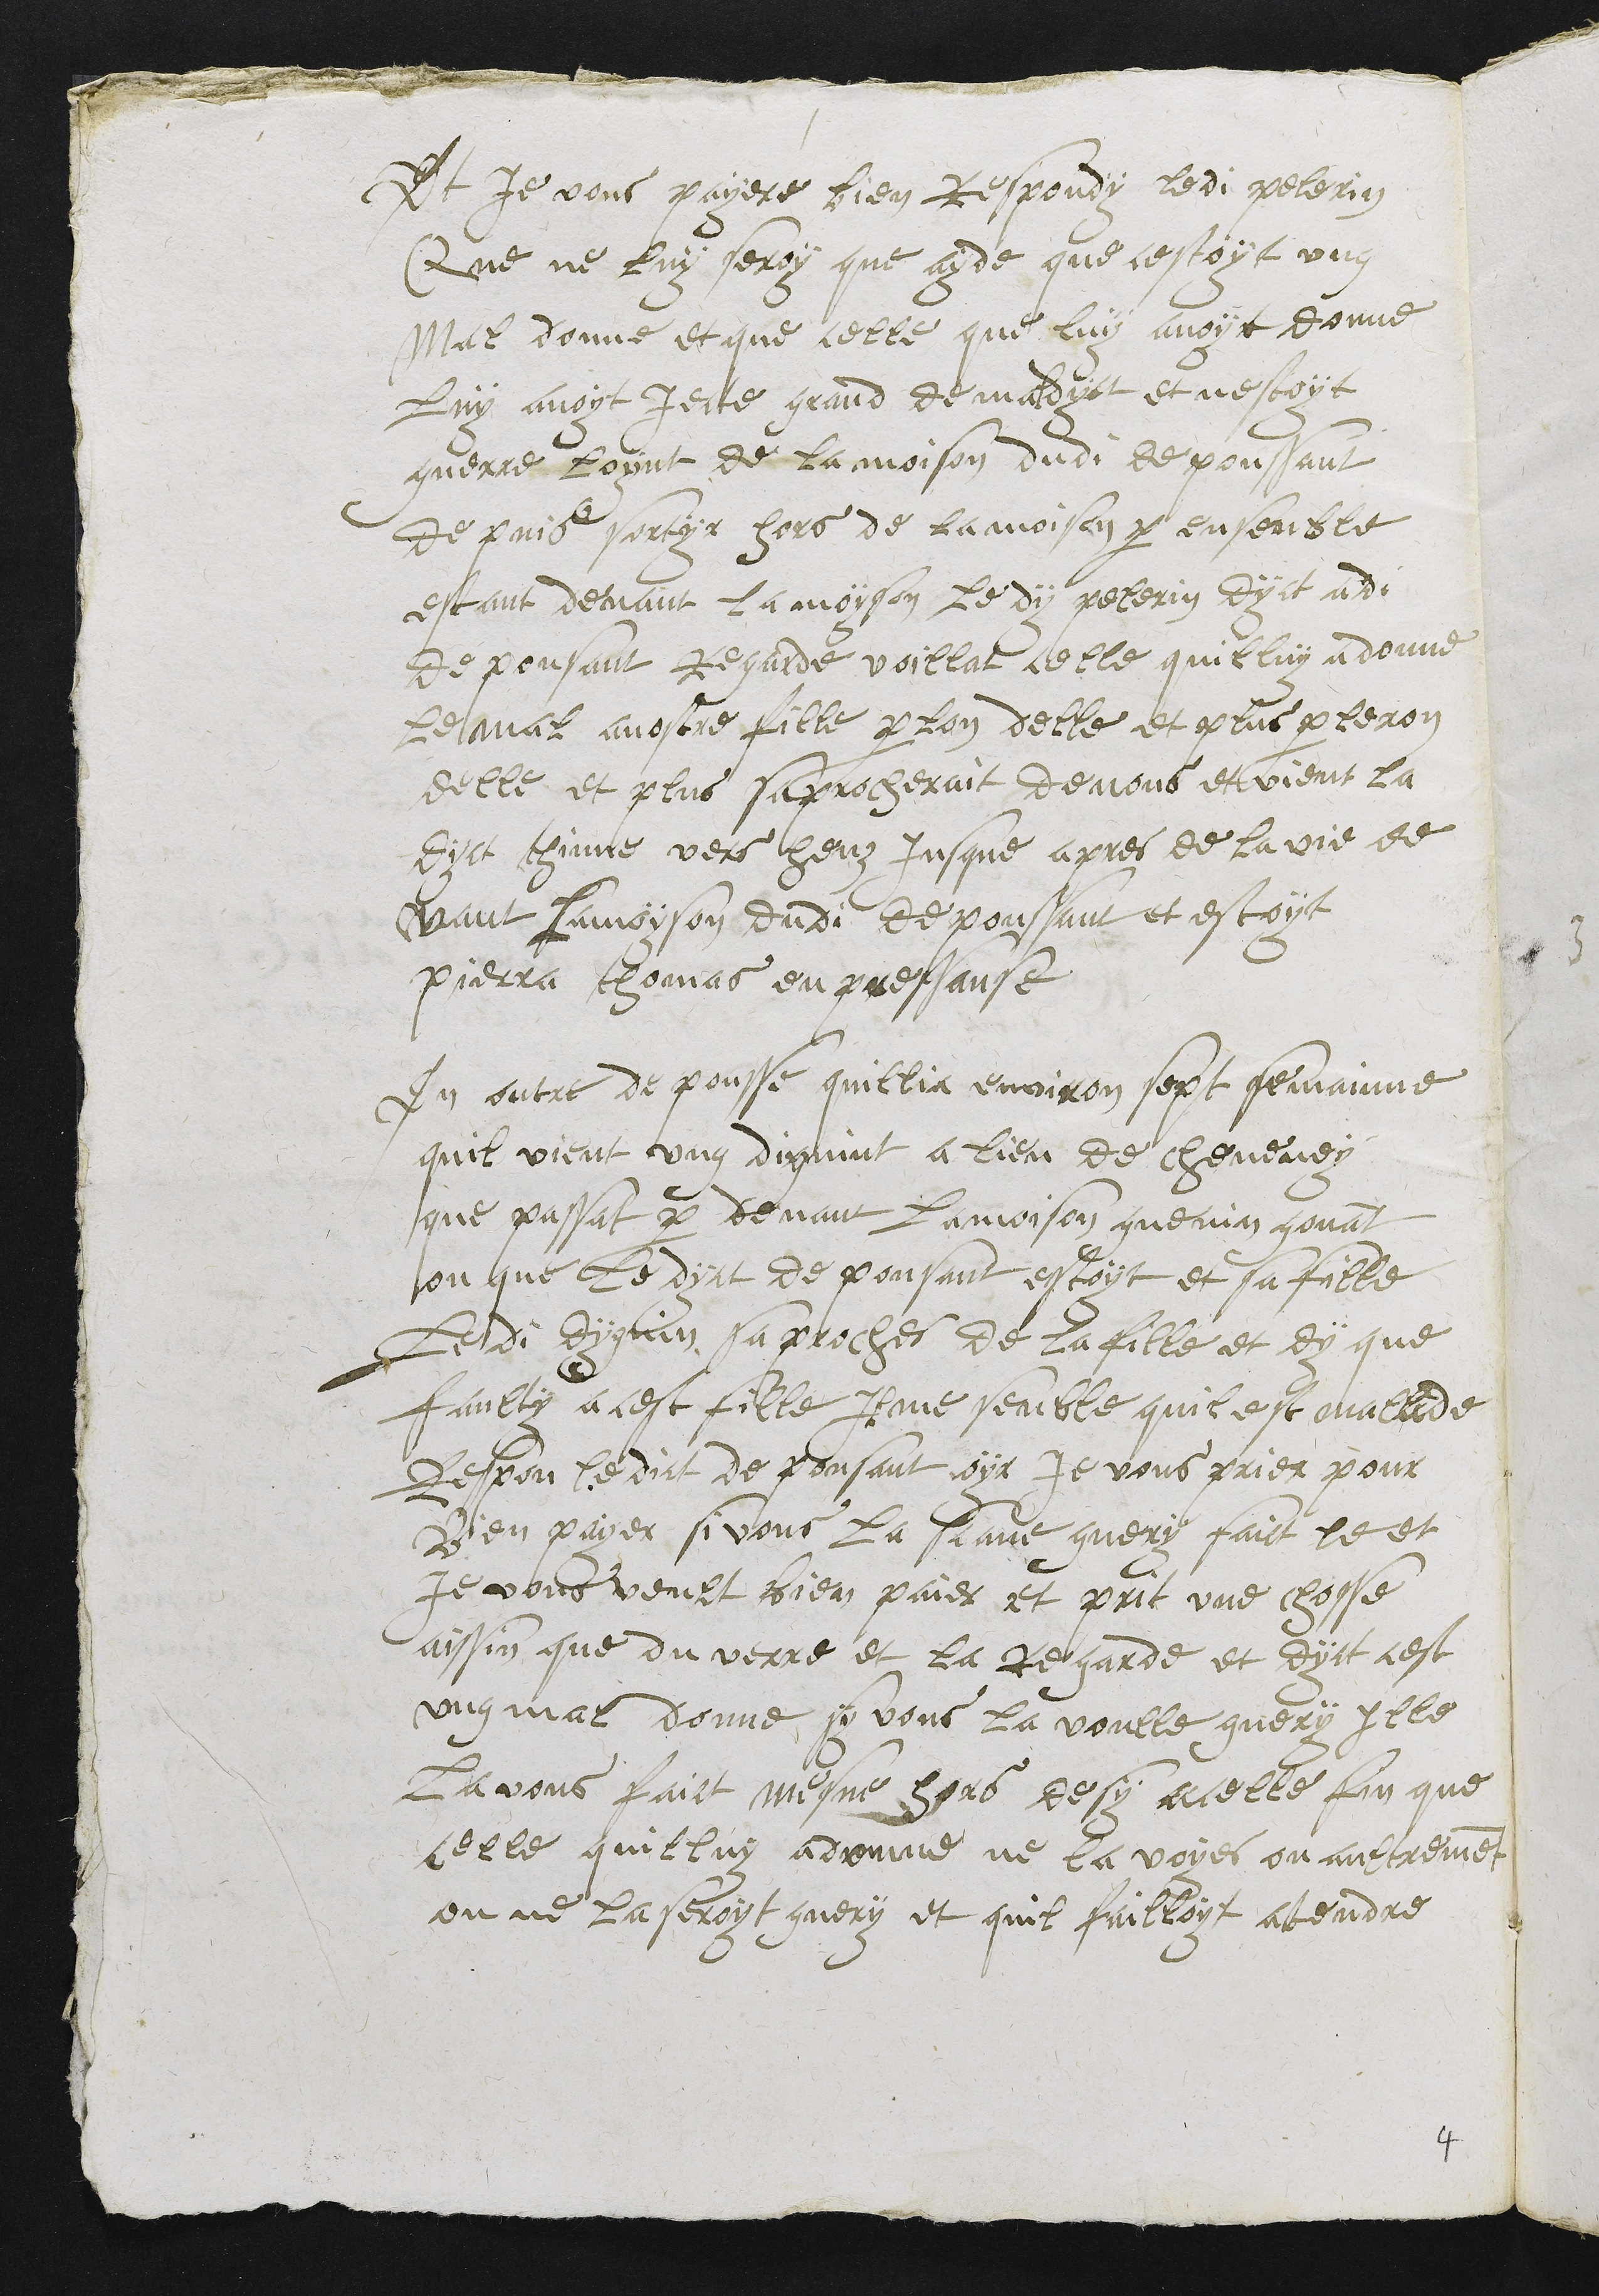
Et je vous payere bien Respondy ledi pelerin
Que ne luy seroy que ayde que cestoyt ung
Mal donne et que celle que luy avoyt donne
luy avoyt jecte grand demaldyct et nestoyt
guerre loynt de la moison dudi depoussant
de puis sortir hors de la moison par ensemble
estant devant la moyson ledy pelerin dyct a d
depousant Regarde voillat celle quilluy a donne
le mal avostre fille parlon delle et plus parleron
delle et plus saprocheroit de nous et vient la
dyct thinne vers heuz jusque apres de la vie de
vaut la moyson dudi depoussant et estoyt
Pierra Thomas en pressanse
En outre de pousse quillia environ sept semainne
quil vient ung digvint a lieu de cheveney
que passat par devant la moison guenin gonat
ou que le dyct depousant estoyt et sa fille
Ledi dygvin sa proches de la fille et dy que
faulty a cest fille Il me semble quil est mallade
Respon ledict de pousant oyr je vous prier pour
Bien payer si vous la scave guery faict le et
je vous veult bien paies et prit une chosse
aissin que du verre et la Regarde et dyct cest
ung mal donne sy vous la voulle guery ille
la vous faict mesne hors desy acelle fin que
celle quilluy a donne ne la voyes ou aultrement
on ne la seroyt guery et quil failloyt atendre

4